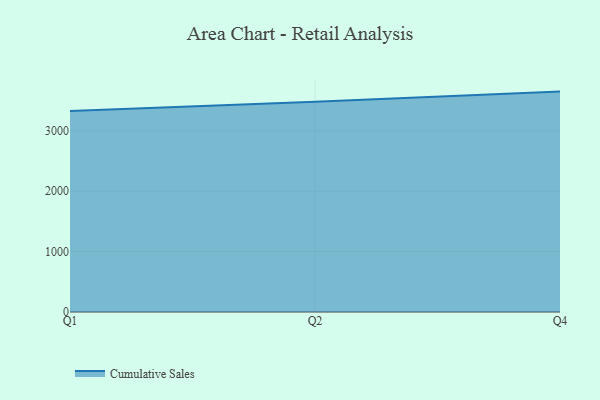
{"axis": {"x": "Quarter", "y": "Budget (USD K)"}, "legend": ["Cumulative Sales"], "data": [{"x": "Q1", "y": 3326.8, "type": "Cumulative Sales"}, {"x": "Q2", "y": 3480.3, "type": "Cumulative Sales"}, {"x": "Q4", "y": 3649.3, "type": "Cumulative Sales"}]}